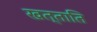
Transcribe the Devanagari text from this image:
खत्ताति